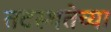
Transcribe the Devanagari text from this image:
तटस्थतेच्या